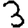
Digit: 3